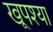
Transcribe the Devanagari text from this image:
खूपश्या